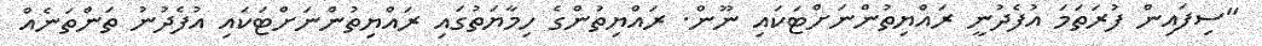
"ސިފައިން ފުރަތަމަ އުފެދުނީ ރައްޔިތުންނަށްޓަކައި ނޫން. ރައްޔިތުންގެ ހިމާޔަތުގައި ރައްޔިތުންނަށްޓަކައި އުފެދުނު ތަންތަނެއް